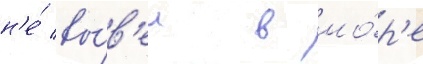
н'е́ вы́в'ел в мо́р'е